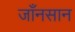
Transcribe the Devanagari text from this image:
जाँनसान